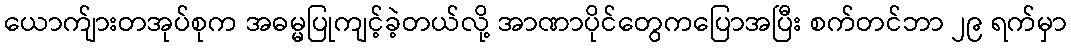
ယောက်ျားတအုပ်စုက အဓမ္မပြုကျင့်ခဲ့တယ်လို့ အာဏာပိုင်တွေကပြောအပြီး စက်တင်ဘာ ၂၉ ရက်မှာ